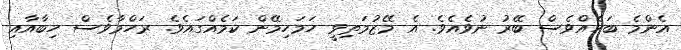
އެންމެ ބަހެއްވެސް ބޭރު ނުވެއެވެ. އެ މޭޒުމަތިވީ ހަމަހިމޭން ކަމެއްގައެވެ. ރަހްމާވެސް ހިބާއާއި